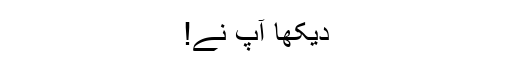
دیکھا آپ نے!